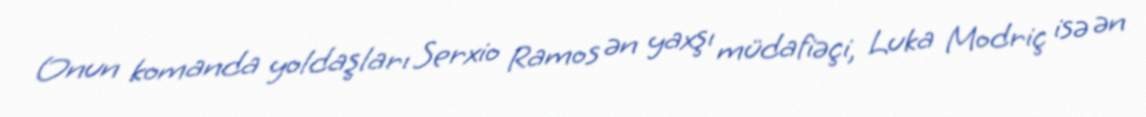
Onun komanda yoldaşları Serxio Ramos ən yaxşı müdafiəçi, Luka Modriç isə ən